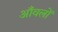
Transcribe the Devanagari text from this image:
आँवलों